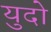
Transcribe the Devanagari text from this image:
युदो